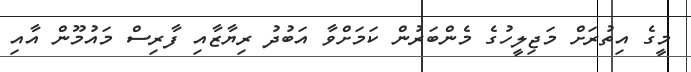
މީގެ އިތުރަށް މަޖިލީހުގެ މެންބަރުން ކަމަށްވާ އަބުދު ރިޔާޒާއި ފާރިސް މައުމޫން އާއި